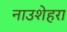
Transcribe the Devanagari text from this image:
नाउशेहरा